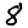
Digit: 8